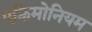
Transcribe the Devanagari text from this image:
एक्रिमोनियम